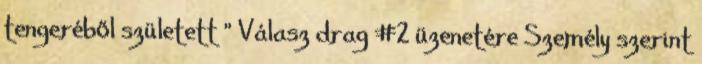
tengeréből született " Válasz drag #2 üzenetére Személy szerint